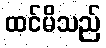
ထင်မိသည်